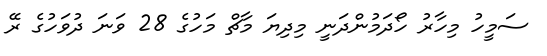
ސަމީހު މިހާރު ހޯދަމުންދަނީ މިދިޔަ މާޗް މަހުގެ 28 ވަނަ ދުވަހުގެ ރޭ